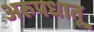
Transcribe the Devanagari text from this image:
अरुपधातू